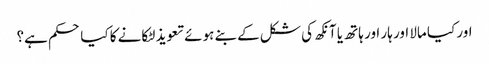
اور کیا مالا اور ہار اور ہاتھ یا آنکھ کی شکل کے بنے ہوئے تعویذ لٹکانے کا کیا حکم ہے؟